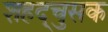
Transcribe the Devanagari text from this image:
शहद्चुसक